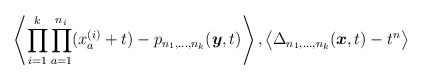
\begin{gather*}\left\langle \prod_{i=1}^{k} \prod_{a=1}^{n_i}(x_a^{(i)}+t)-p_{n_1,\ldots,n_k}({\boldsymbol{y}},t) \right\rangle,\big\langle \Delta_{n_1,\ldots,n_k}({\boldsymbol{x}},t) -t^n \big\rangle\end{gather*}